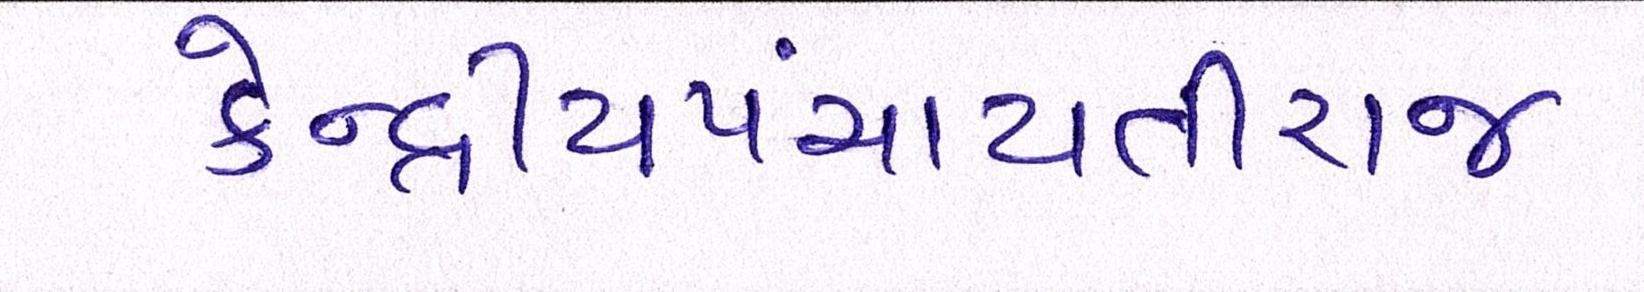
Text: કેન્દ્રીયપંચાયતીરાજ